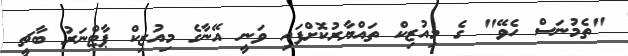
"ތެމުނަސް ހެވޭ" ގެ މިއުޒިކް ތައްޔާރުކޮށްފައި ވަނީ އޭނާގެ މިއުޒިކް ޕާޓްނަރު ބާޗީ